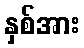
နှစ်အား